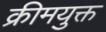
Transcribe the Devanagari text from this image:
क्रीमयुक्त